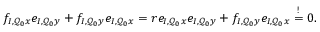
\begin{array} { r } { f _ { I , \mathcal { Q } _ { 0 } x } e _ { I , \mathcal { Q } _ { 0 } y } + f _ { I , \mathcal { Q } _ { 0 } y } e _ { I , \mathcal { Q } _ { 0 } x } = r e _ { I , \mathcal { Q } _ { 0 } x } e _ { I , \mathcal { Q } _ { 0 } y } + f _ { I , \mathcal { Q } _ { 0 } y } e _ { I , \mathcal { Q } _ { 0 } x } \stackrel { ! } { = } 0 . } \end{array}